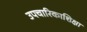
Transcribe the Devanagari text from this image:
उपचारिकाशिक्षा